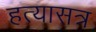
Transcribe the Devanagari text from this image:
हत्यासत्र